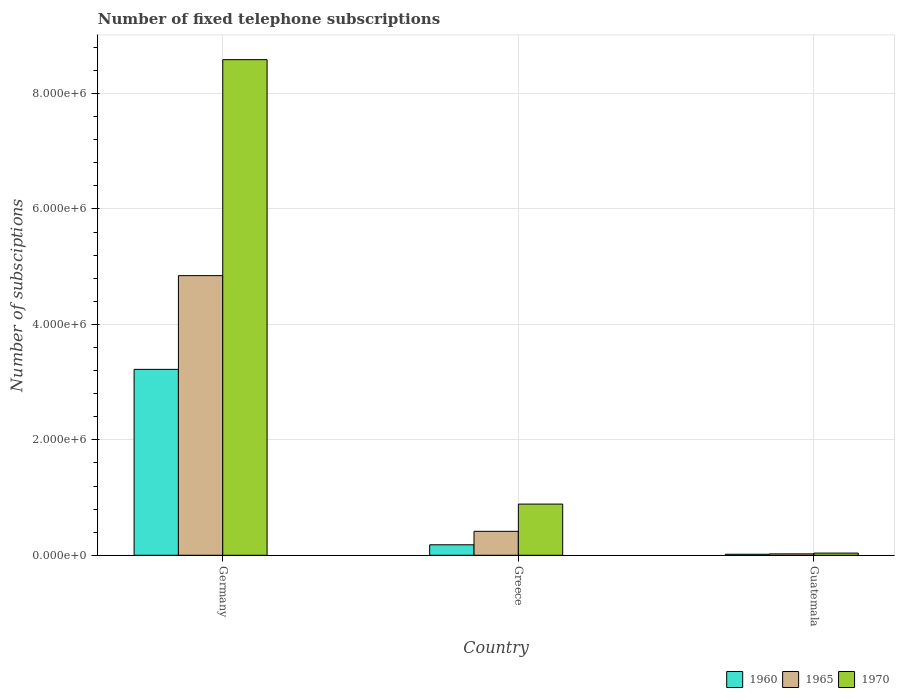
| Country | 1960 | 1965 | 1970 |
 | --- | --- | --- | --- |
 | Germany | 3.22e+06 | 4.84e+06 | 8.59e+06 |
 | Greece | 1.82e+05 | 4.15e+05 | 8.87e+05 |
 | Guatemala | 1.78e+04 | 2.43e+04 | 3.79e+04 |